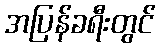
အပြန်ခရီးတွင်